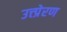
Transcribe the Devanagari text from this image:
उत्त्प्रेरण